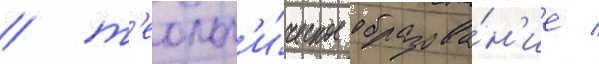
/ т'еолог'и́ческое образова́н'ие /